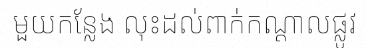
មួយកន្លែង លុះដល់ពាក់កណ្តាលផ្លូវ